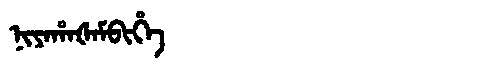
Manchu: ᠨᡳᠶᠠᡥᠠᡧᠠᠮᠪᡳᡥᡝ
Romanization: NIYAHAŠAMBIHE